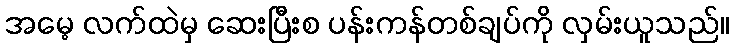
အမေ့ လက်ထဲမှ ဆေးပြီးစ ပန်းကန်တစ်ချပ်ကို လှမ်းယူသည်။